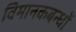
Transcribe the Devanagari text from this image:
विमानकबन्धों